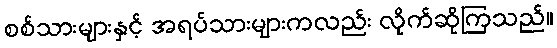
စစ်သားများနှင့် အရပ်သားများကလည်း လိုက်ဆိုကြသည်။